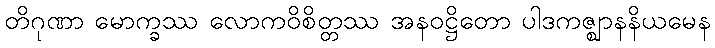
တိဂုဏာ မောက္ခဿ လောကဝိစိတ္တဿ အနဝဋ္ဌိတော ပါဒကဇ္ဈာနနိယမေန